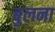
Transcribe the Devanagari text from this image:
बुलना